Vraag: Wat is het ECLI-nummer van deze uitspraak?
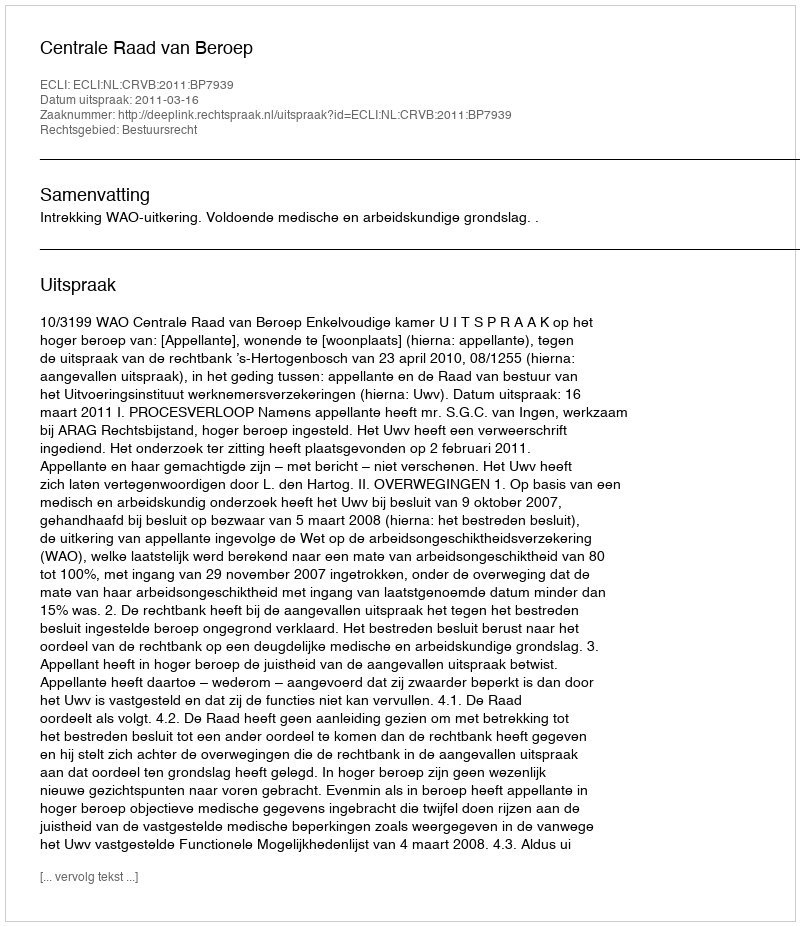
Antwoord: ECLI:NL:CRVB:2011:BP7939